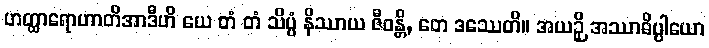
ဟတ္ထာရောဟာတိအာဒီဟိ ယေ တံ တံ သိပ္ပံ နိဿာယ ဇီဝန္တိ, တေ ဒဿေတိ။ အယဉှိ အဿာဓိပ္ပါယော